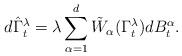
LaTeX: \begin{align*}d\hat{\Gamma}^\lambda_{t} =\lambda\sum_{\alpha=1}^{d}\tilde{W}_{\alpha}(\Gamma^\lambda_{t})dB^{\alpha}_t.\end{align*}